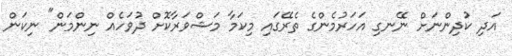
އަދި ކުދިންނަށް ނޭނގި އަހަރުމެންގެ ތެރޭގައި މިކަމާ މަޝްވަރާކޮށް ދުވަހެއް ނިންމަން" ނިކަން